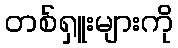
တစ်ရှူးများကို